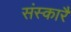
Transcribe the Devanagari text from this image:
संस्कारै